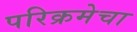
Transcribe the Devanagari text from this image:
परिक्रमेचा